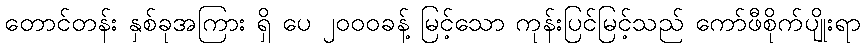
တောင်တန်း နှစ်ခုအကြား ရှိ ပေ ၂၀၀၀ခန့် မြင့်သော ကုန်းပြင်မြင့်သည် ကော်ဖီစိုက်ပျိုးရာ